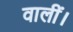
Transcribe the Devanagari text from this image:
वालीं।